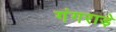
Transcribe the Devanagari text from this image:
गंगराड़े